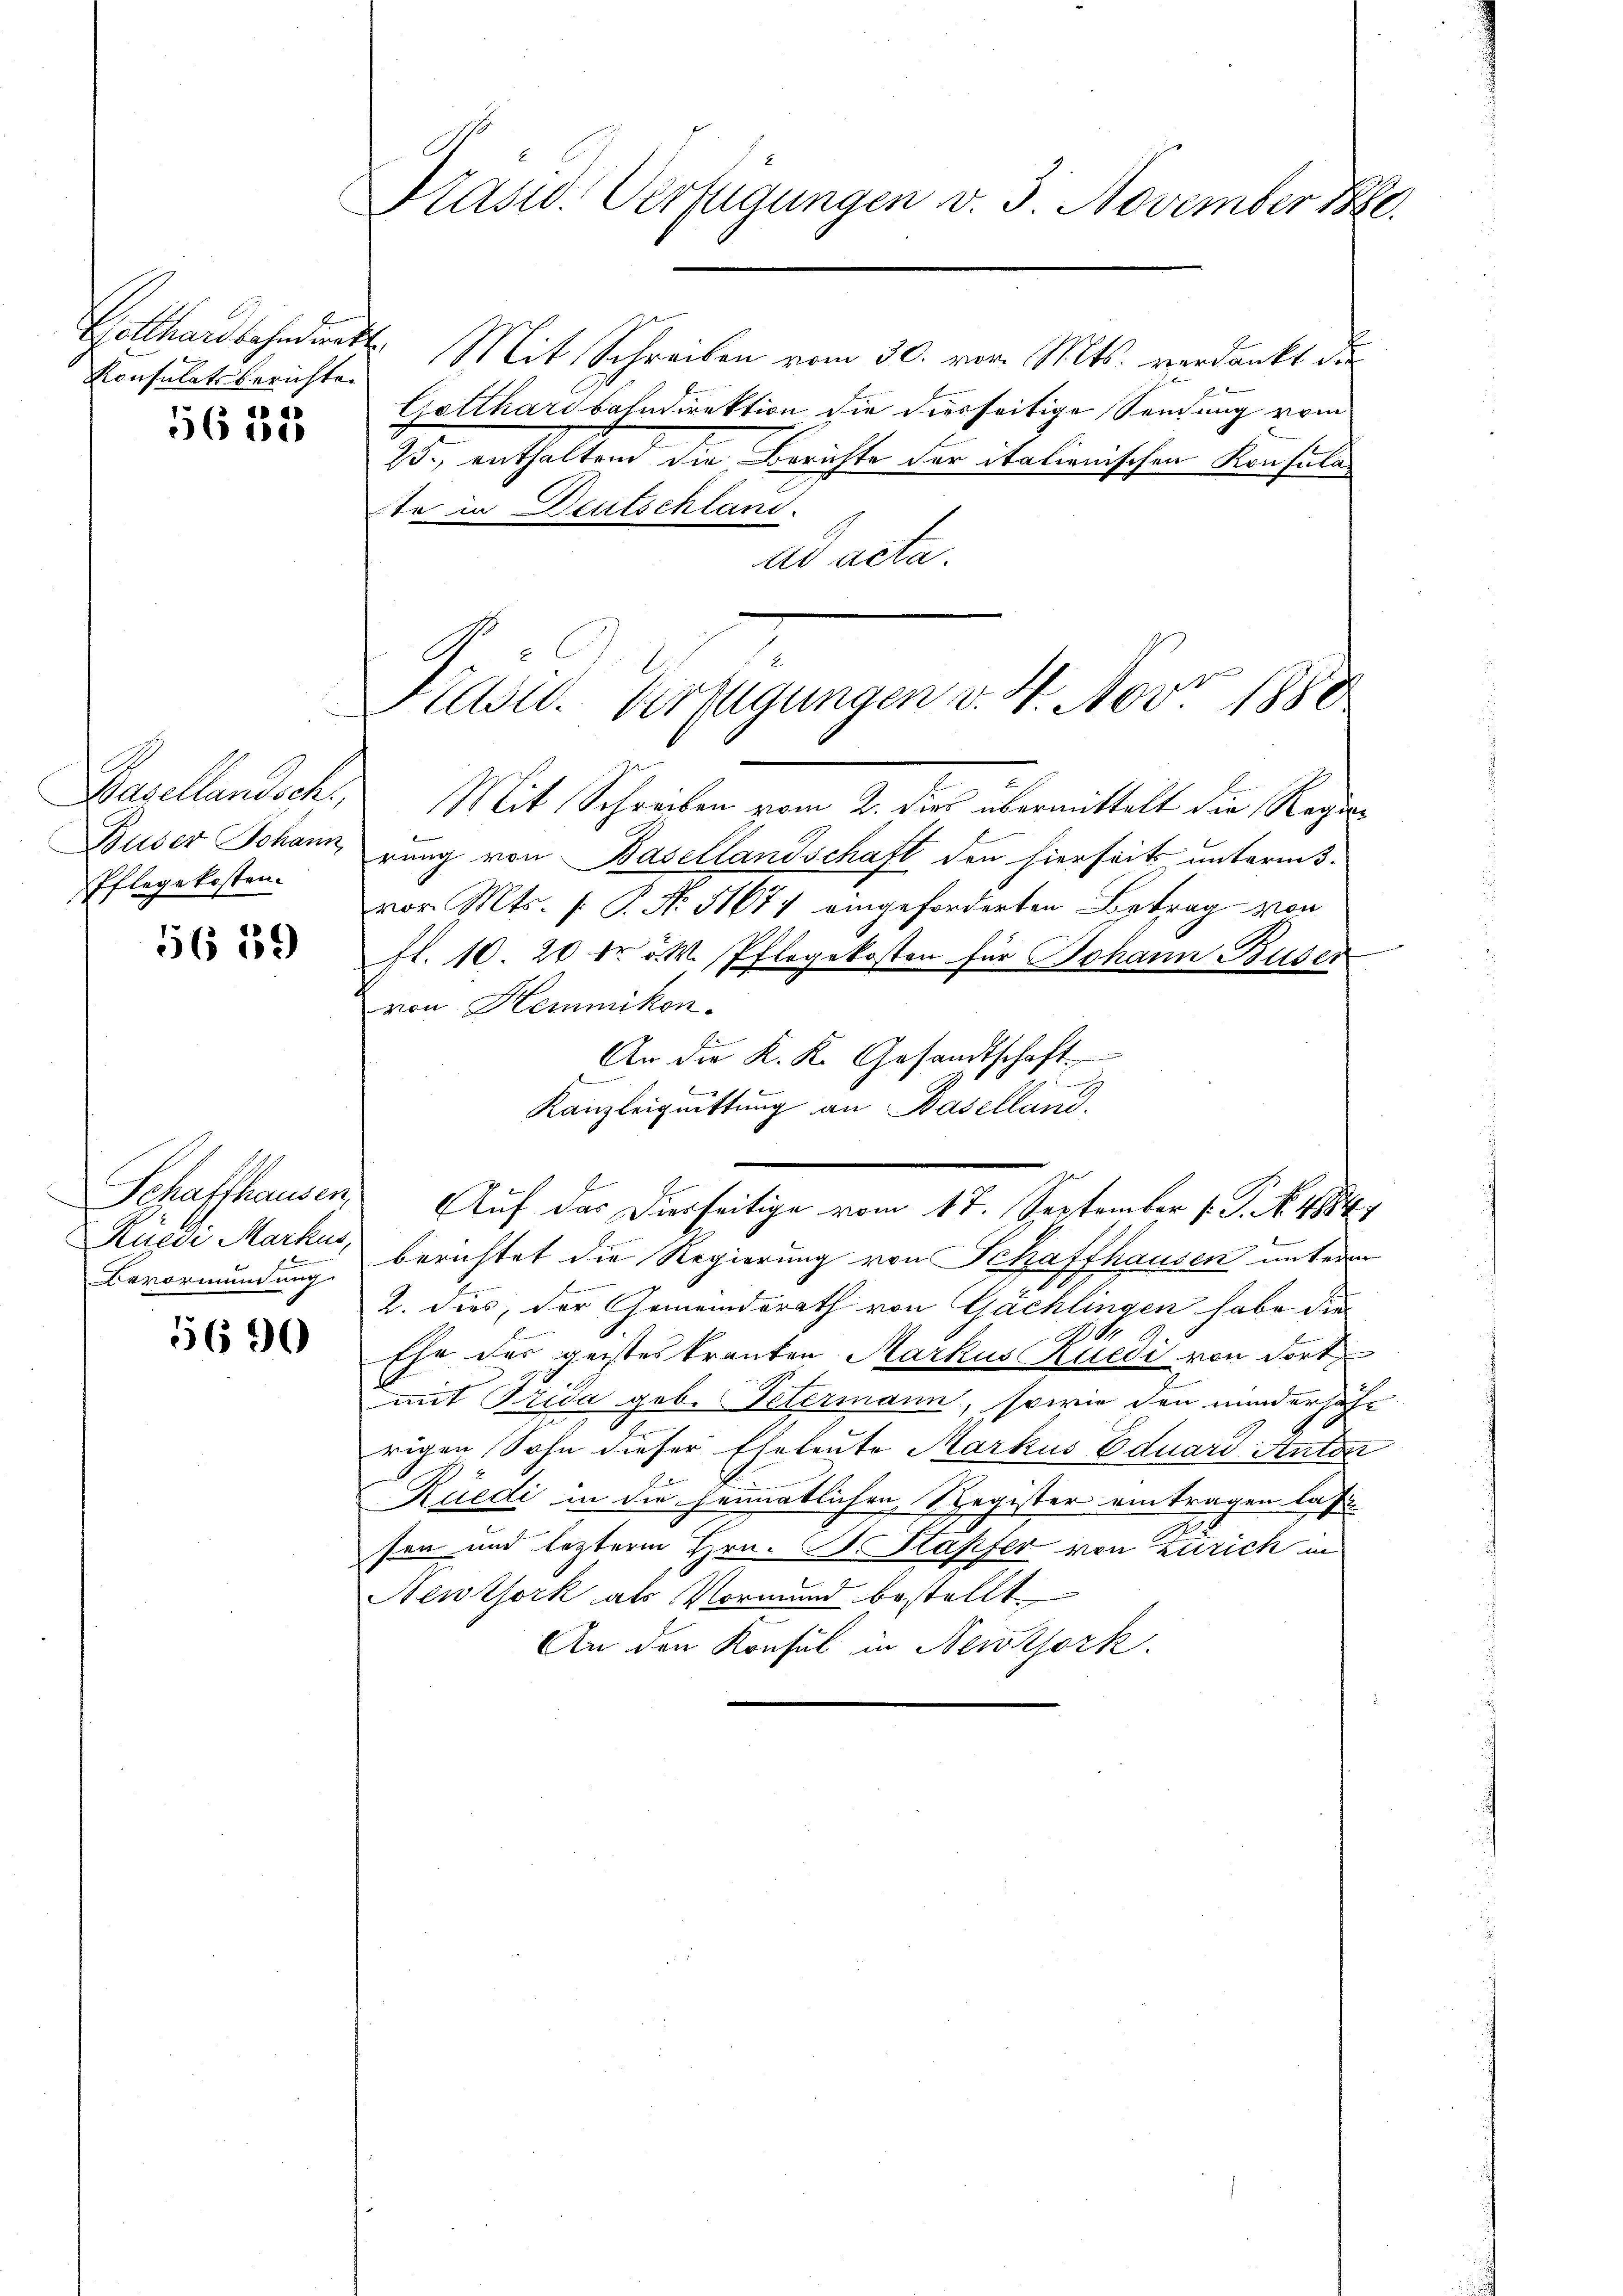
Hollhardbahndirekt
Konsulatsberichte

4
5608

Basellandsch
Buser Johann
Pflegekosten.

5659

Schaffhausen,
Kuedi Markus,
Bevormundung

5690

Präsid. Verfügungen v. 3. November 1880.

Präsid. Verfügungen v. 4. Nov. 1880

Mit Schreiben vom 30. vor. Mts. verdankt die
Gotthardbahndirektion die diesseitige Sendung vom
25., enthaltend die Berichte der italienischen Konsulate in Deutschland.
ad acta.
Mit Schreiben vom 2. dies übermittelt die Regierung von Basellandschaft den hierseits unterniß.
vor. Mts. (: P. Nr. 51674 eingeforderten Betrag von
fl. 10. 20 Fr. v. M. Pflegekosten für Johann Buser
von Hemmikon.
An die K. K. Gesandtschaft
.
Kanzleignittung an Baselland.
Auf das Dierseitige vom 17. September (: P. Nr. 4884/
berichtet die Regierung von Schaffhausen unterm
2. dies, der Gemeindsrath von Gachlingen habe die
.
Ehe des geistes tranten Markus Huedi von dort
mit Frida geb. Petermann, sowie den minderhöhe
Eigen
rigen Sohn dieser Eheleute Markus Eduard Anton
Rüedi in die heimatlichen, Segister eintragen las
sen und lezterm Hrn. L. Stapfer von Zürich in
Newtork als Vormund bestellt.
An den Konsul in Newtork.